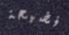
فضيحة